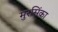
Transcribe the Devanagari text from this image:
मुरसिंका